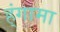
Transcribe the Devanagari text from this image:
ह्ंगामा